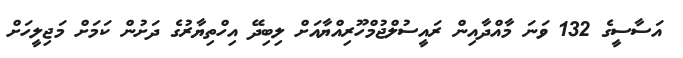
އަސާސީގެ 132 ވަނަ މާއްދާއިން ރައީސުލްޖުމްހޫރިއްޔާއަށް ލިބިދޭ އިހްތިޔާރުގެ ދަށުން ކަމަށް މަޖިލީހަށް